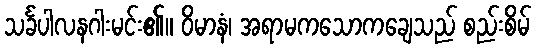
သင်္ခပါလနဂါးမင်း၏။ ဝိမာနံ၊ အရာမကသောကချေသည် စည်းစိမ်